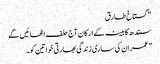
“ گستاخ طارق
سندھ کابینہ کے ارکان آج حلف اٹھائیں گے
”عمران کی ساری زندگی بھارتی خواتین کو۔